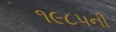
૧૯૮૫ની